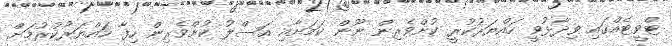
ޓްވީޓެއްގައި ވިދާޅުވީ ހައްޔަރުކުރީ ކުށްވެރިން ނޫން ކަމަށާއި އަސްލު ކުށްވެރިން ހިފާ ހައްޔަރުކުރުމަށް